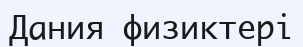
Дания физиктері